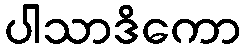
ပါသာဒိကော